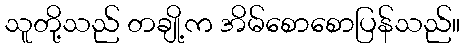
သူတို့သည် တချို့က အိမ်စောစောပြန်သည်။